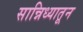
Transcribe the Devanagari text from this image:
सान्निध्यातून